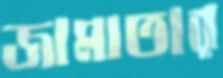
জামাতার